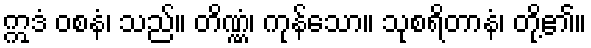
ဣဒံ ဝစနံ၊ သည်။ တိဏ္ဏံ၊ ကုန်သော။ သုစရိတာနံ၊ တို့၏။